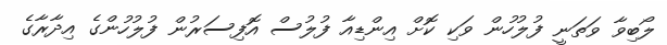
ލޯބިވާ ވަތަނީ ފުލުހުން ވަކި ކޮށް އިންޑިއާ ފުލުސް އޮފިސަރުން ފުލުހުންގެ އިދާރާގެ